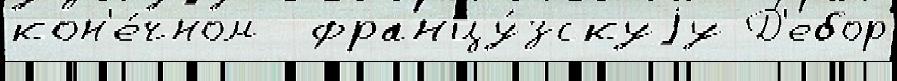
кон'е́чном  францу́зскуjу Д'ебор